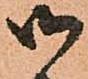
御